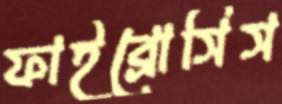
ফাইব্রোসিস